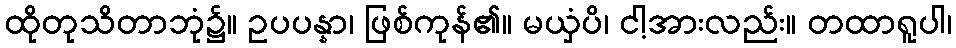
ထိုတုသိတာဘုံ၌။ ဥပပန္နာ၊ ဖြစ်ကုန်၏။ မယှံပိ၊ ငါ့အားလည်း။ တထာရူပါ၊